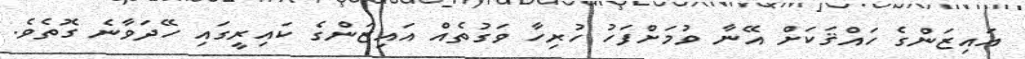
އައިޒަންގެ ހައްޤަކަށް އޭނާ ވުމަށްފަހު ހުރިހާ ވަގުތެއް އައިޒަންގެ ކައިރީގައި ހޭދަވާނެ ގޮތެވެ.